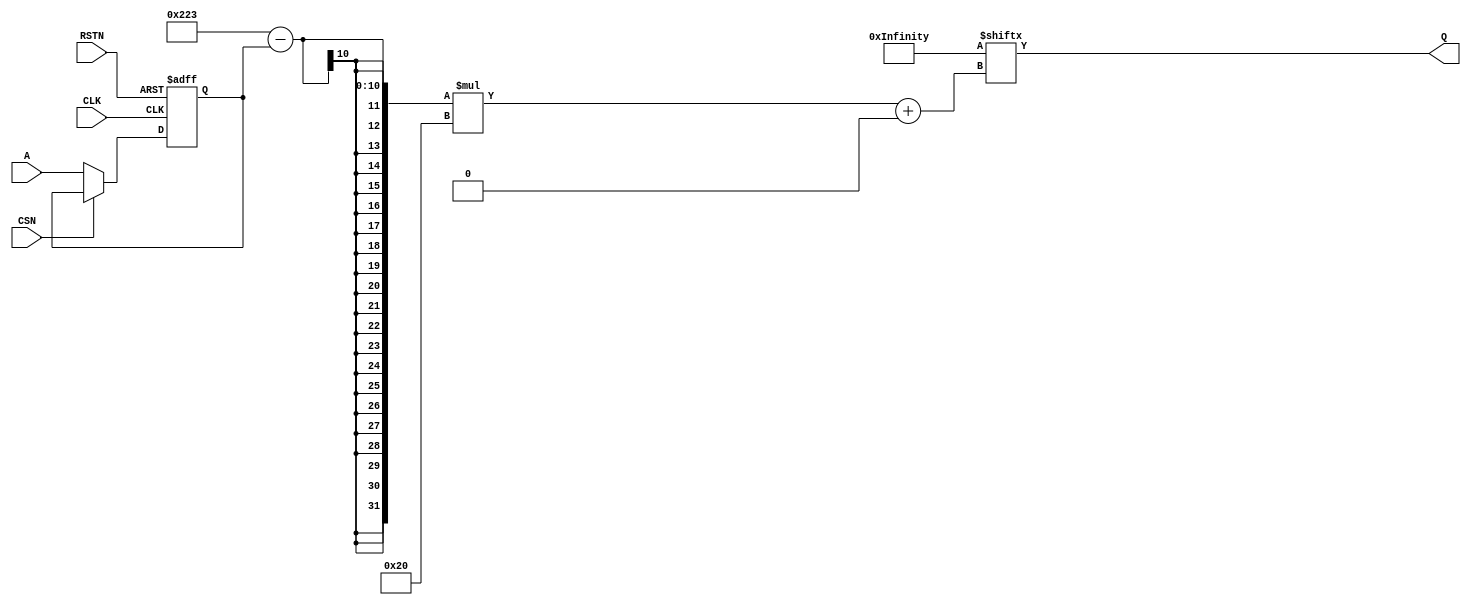
module boot_code (
	CLK,
	RSTN,
	CSN,
	A,
	Q
);
	input wire CLK;
	input wire RSTN;
	input wire CSN;
	input wire [9:0] A;
	output wire [31:0] Q;
	reg [17535:0] mem = 17536'h130000001300000013000000130000001300000013000000130000001300000013000000130000001300000013000000130000001300000013000000130000001300000013000000130000001300000013000000130000001300000013000000130000001300000013000000130000001300000013000000130100006f0100006f0080006f0040006f0000006f0000009300008113000081930000821300008293000083130000839300008413000084930000851300008593000086130000869300008713000087930000881300008893000089130000899300008a1300008a9300008b1300008b9300008c1300008c9300008d1300008d9300008e1300008e9300008f1300008f9300100117ef41011300000d177f8d0d1300000d977f0d8d9301bd5863000d2023004d0d13ffaddce30000051300000593072000ef000000000000000000000000000000004681110145a1460109f0051300efce060513362000ef040045813b6000ef45014581396000ef450100283de004000593420000ef55134722157d0187de8717b32190071300a0353300e788630761670937b38f99953e00f0610540f2715d8082c6864505c2a6c4a2de4ec0cada56dc52d65ed85ad266d46200efd06a458525a000ef450167854460bb8787930037c0fb0001000127b74711c3d81a10f65ff0ef8537c911059300000513024000ef7185a001476000008537051345c500ef740545a146604601468100ef451945012a602fc000ef4505458132c000ef358000ef10055433fe143ce380000637069345a1061302000513348600ef0710450127602cc000ef852245812fc000ef328000ef10055533fe153ce345214581298000ef0200069345a146010eb00513244000ef10000513298000ef450945812c8000ef1000059300ef850a853730a045d500007545051349024cb244c24c124b724ad23c4000ef4521458124c000ef07905e6349816421412c0c3300008bb77b04041300008a3716136d050693008945a102000eb005131dc000ef00ef65214581232000ef45090533262065a1012c2a4000ef8513459900ef76cbd51336e04585004900ef9522b53336204585f64900ef9522098535600513459900ef774a996a34a0388000effb3c91e324c000ef10055533fe153ce300008537051345b500ef77c500ef32604581366000ef45215e631aa064210760409a89b38bb74901041300008a377b046a8500000084961302000693051345a100ef0eb0652113a0190000ef450945811c0000ef0099853300ef65a14599202076cb85132cc000ef00495513952245852c0000eff6493533952245852b4000ef45990905774a05132a8000ef00ef94d611e32e608537fb2b059300000513022000ef78c500ef28e077b72ce0a4231a1007930007806708000001000700010001450140b64496442659f249065ad25a625bb25b425c925c2261615d0200008082ff01011300812423000005930005041300f0051300112623294000ef0000059300e00513288000ef0000059300d0051327c000ef0000059300c00513270000ef048056630000059301000513260000ef02142e630000059300b00513250000ef022426630000059300000513240000ef00342e6300c12083008124030000059300100513010101132240006f00c1208300812403010101130000806700004837f008081300869693020007131a1027b740b707330106f6b3f265b5b300e515330087881300c7871300b6e5b30107879300a8202300c7202300b7a02300008067010595931005553300a5e5b31a1027b700b7aa23000080671a1027370107071300072783ff01011300f1262300c127831007d7b30105151300f5653300a1262300c1278300f720230101011300008067001007930085859300b795b300a79533000017b7f007879300f5f5b3ee85353300a5e5331a1027b700a7a023000080671a1027b70007a783ff01011300f1262300c125030101011300008067d45597b3ff010113f455b5b300f1242300058863008127830017879300f124230001262300c126831a102737008127830207081302f6de6300072783cf0797b3fe078ce300c127830008258300c126830016869300d126230101061300279793ffc626030081268300b567a3fcd646e301010113000080671a10773700470713000726031a1007b7c016463300c720230047869300c785130085d813083007130ff5f59300e520230106a0230a70071300b7a42b00e7a0230030079300f520230006a7830f07f793c017c7b300f6a023000080671a100737014707130205886304000693000727830207f793fe078ce30015460b1a1007b7fff5859300c7a023fff6869300069663fc059ce300008067fc059ae3000080671a10073701470713000727830407f793fe078ce3000080671a1076b70006a783ff01011300f126230010079300a797b300c12703fff7c79300e7f7b300f1262300c1278300a595b300f5e53300a1262300c1278300f6a02301010113000080674f52524553203a52736e6170206e6f692049505373616c666f6e20686f6620740a646e750000000064616f4c20676e696d6f7266495053200000000a79706f4320676e6974736e4974637572736e6f690000000a636f6c420000206b6e6f642000000a6579706f4320676e69617461440000000a656e6f44756a202c6e69706d6f742067736e4920637572746e6f69744d41522000000a2e33323130373635344241393846454443000000100000000000527a010101040100020d1b0000001400000018fffff9740000005e200e42007f01114c0000003800000030fffff9ba00000274500e42007f01115a117e081112117d097b13117c117a14111611791577171178117618111a11751900000074000000180000006cfffffbf40000009c100e44007e0811487f01114c0000001000000088fffffc740000004400000000000000100000009cfffffca4000000180000000000000010000000b0fffffca800000038100e500000000010000000c4fffffccc00000030;
	reg [9:0] A_Q;
	always @(posedge CLK or negedge RSTN)
		if (~RSTN)
			A_Q <= 1'sb0;
		else if (~CSN)
			A_Q <= A;
	assign Q = mem[(547 - A_Q) * 32+:32];
endmodule